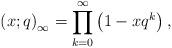
LaTeX: \begin{align*}\left( x;q\right) _{\infty }=\prod\limits_{k=0}^{\infty }\left(1-xq^{k}\right) , \end{align*}